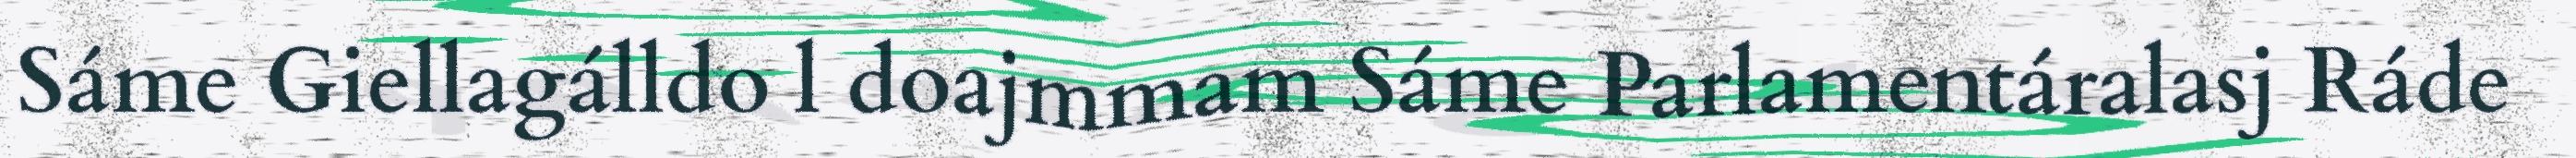
Sáme Giellagálldo l doajmmam Sáme Parlamentáralasj Ráde